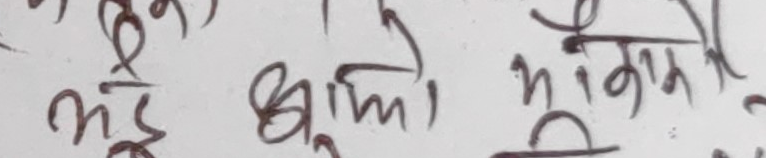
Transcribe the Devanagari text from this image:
भई झाँको भाएको